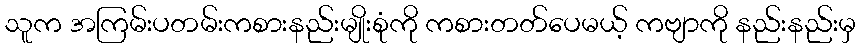
သူက အကြမ်းပတမ်းကစားနည်းမျိုးစုံကို ကစားတတ်ပေမယ့် ကဗျာကို နည်းနည်းမှ